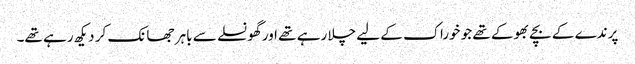
پرندے کے بچے بھوکے تھے جو خوراک کے لیے چلا رہے تھے اور گھونسلے سے باہر جھانک کر دیکھ رہے تھے۔